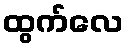
ထွက်လေ